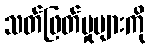
သတ်ဖြတ်မှုများကို